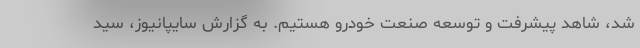
شد، شاهد پيشرفت و توسعه صنعت خودرو هستيم. به گزارش سايپانيوز، سید